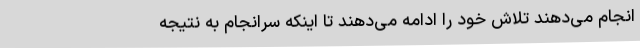
انجام می‌دهند تلاش خود را ادامه می‌دهند تا اینکه سرانجام به نتیجه